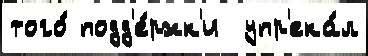
того́ подд'е́ржк'и  упр'ека́л